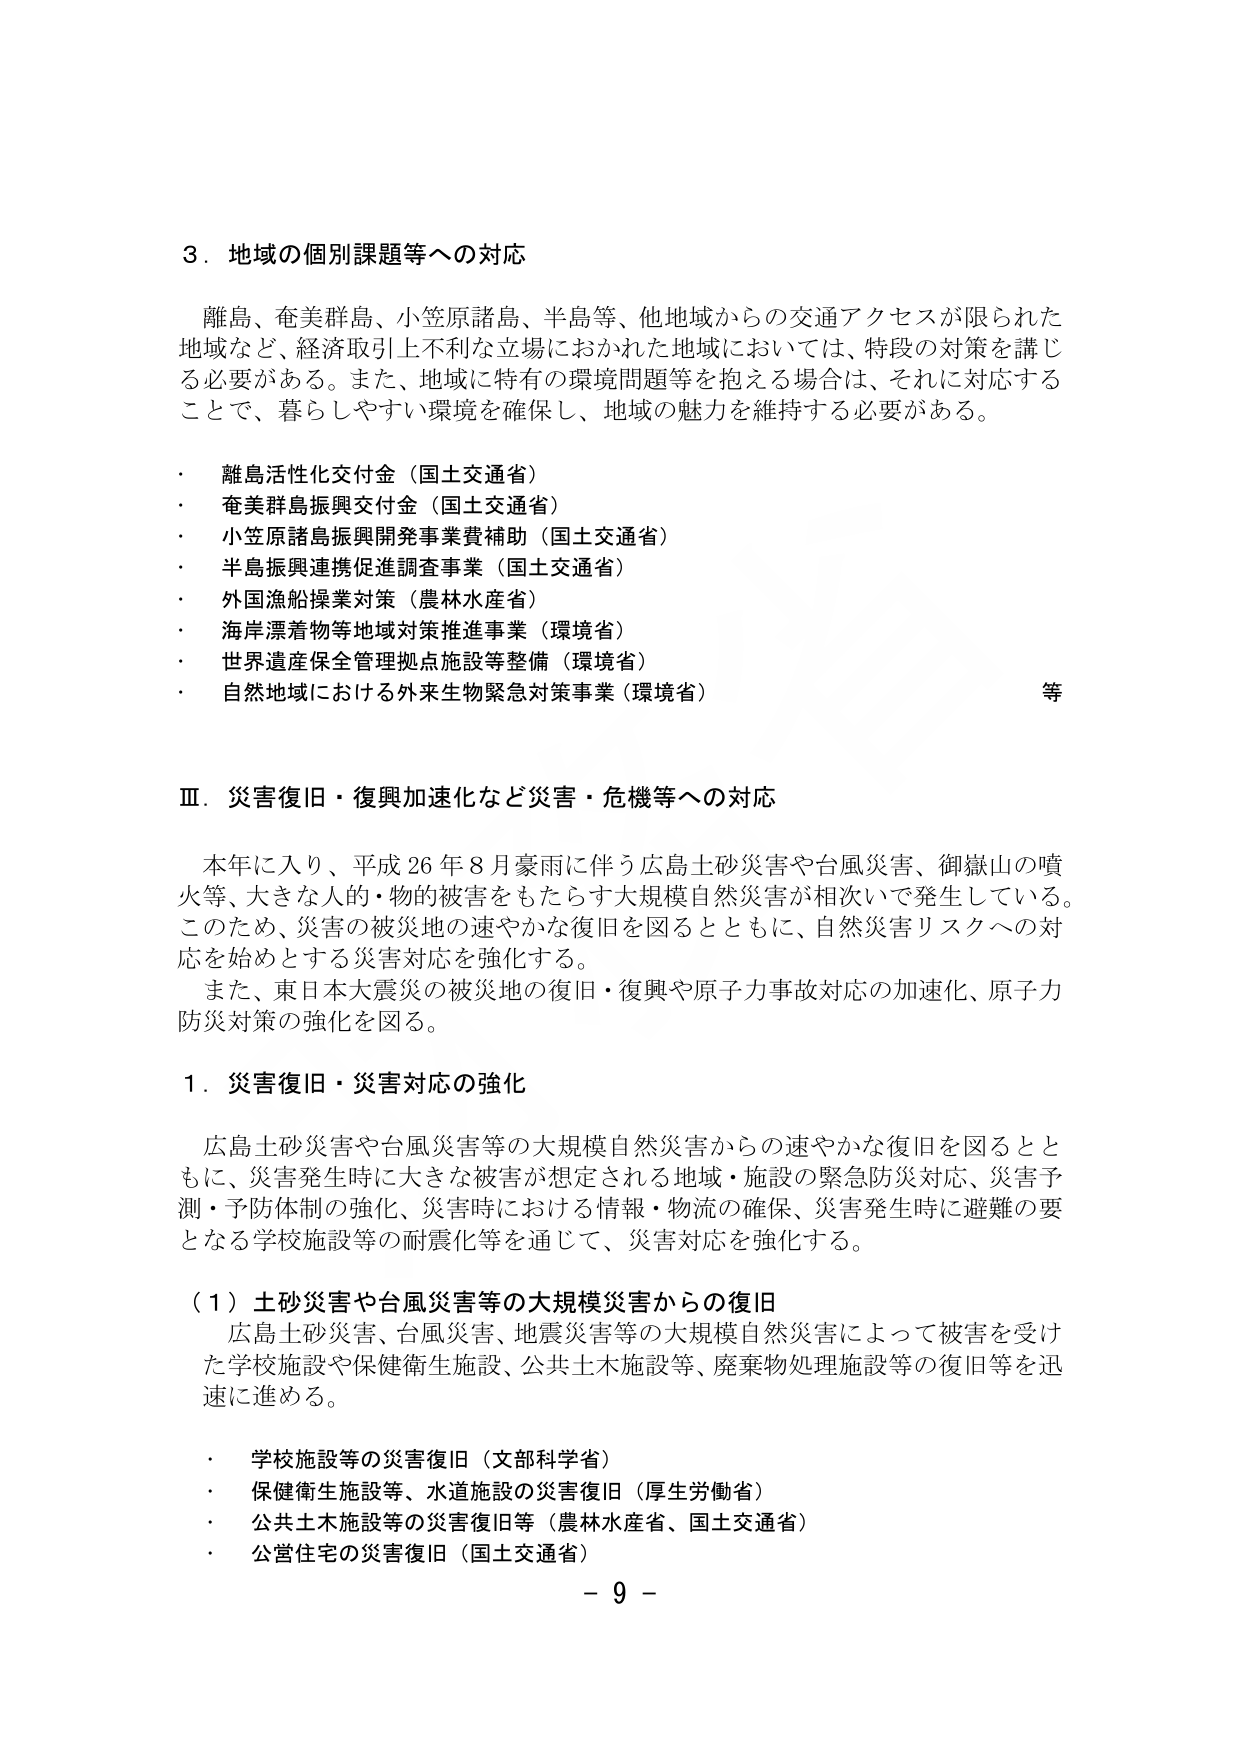
3．地域の個別課題等への対応

離島、奄美群島、小笠原諸島、半島等、他地域からの交通アクセスが限られた地域など、経済取引上不利な立場におかれた地域においては、特段の対策を講じる必要がある。また、地域に特有の環境問題等を抱える場合は、それに対応することで、暮らしやすい環境を確保し、地域の魅力を維持する必要がある。

・ 離島活性化交付金（国土交通省）
・ 奄美群島振興交付金（国土交通省）
・ 小笠原諸島振興開発事業費補助（国土交通省）
・ 半島振興連携促進調査事業（国土交通省）
・ 外国漁船操業対策（農林水産省）
・ 海岸漂着物等地域対策推進事業（環境省）
・ 世界遺産保全管理拠点施設等整備（環境省）
・ 自然地域における外来生物緊急対策事業（環境省） 等

Ⅲ．災害復旧・復興加速化など災害・危機等への対応

本年に入り、平成26年8月豪雨に伴う広島土砂災害や台風災害、御嶽山の噴火等、大きな人的・物的被害をもたらす大規模自然災害が相次いで発生している。このため、災害の被災地の速やかな復旧を図るとともに、自然災害リスクへの対応を始めとする災害対応を強化する。

また、東日本大震災の被災地の復旧・復興や原子力事故対応の加速化、原子力防災対策の強化を図る。

1．災害復旧・災害対応の強化

広島土砂災害や台風災害等の大規模自然災害からの速やかな復旧を図るとともに、災害発生時に大きな被害が想定される地域・施設の緊急防災対応、災害予測・予防体制の強化、災害時における情報・物流の確保、災害発生時に避難の要となる学校施設等の耐震化等を通じて、災害対応を強化する。

（1）土砂災害や台風災害等の大規模災害からの復旧

広島土砂災害、台風災害、地震災害等の大規模自然災害によって被害を受けた学校施設や保健衛生施設、公共土木施設等、廃棄物処理施設等の復旧等を迅速に進める。

・ 学校施設等の災害復旧（文部科学省）
・ 保健衛生施設等、水道施設の災害復旧（厚生労働省）
・ 公共土木施設等の災害復旧等（農林水産省、国土交通省）
・ 公営住宅の災害復旧（国土交通省）

－ 9 －